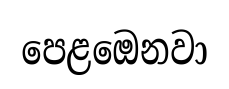
පෙළඔෙනවා